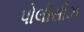
પોલીસીઝ